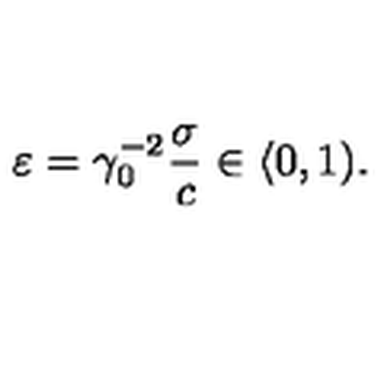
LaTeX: \varepsilon = \gamma _ { 0 } ^ { - 2 } \frac { \sigma } { c } \in \langle 0 , 1 ) .